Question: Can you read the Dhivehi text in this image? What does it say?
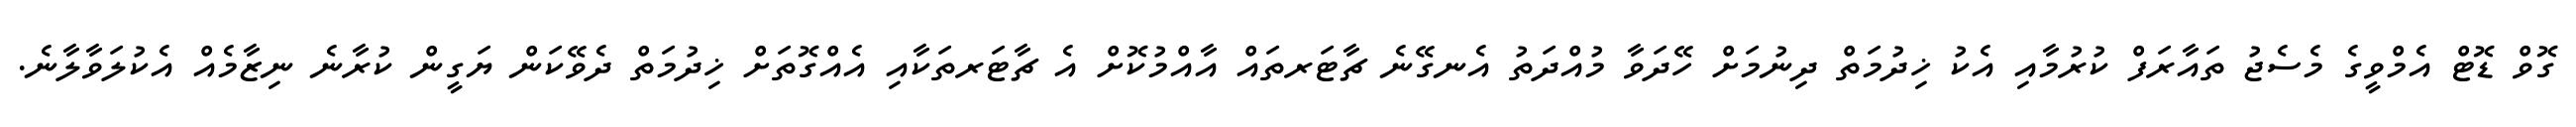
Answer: ގޮވް ޑޮޓް އެމްވީގެ މެސެޖު ތައާރަފް ކުރުމާއި އެކު ޚިދުމަތް ދިނުމަށް ހޭދަވާ މުއްދަތު އެނގޭނެ ޗާޓަރތައް އާއްމުކޮށް އެ ޗާޓަރތަކާއި އެއްގޮތަށް ޚިދުމަތް ދެވޭކަން ޔަގީން ކުރާނެ ނިޒާމެއް އެކުލަވާލާނެ.